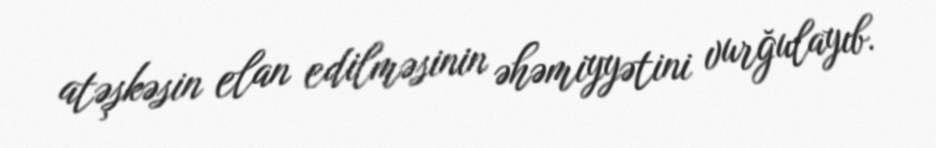
atəşkəsin elan edilməsinin əhəmiyyətini vurğulayıb.